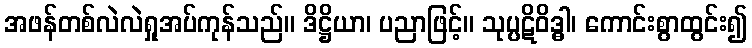
အဖန်တစ်လဲလဲရှုအပ်ကုန်သည်။ ဒိဋ္ဌိယာ၊ ပညာဖြင့်။ သုပ္ပဋိဝိဒ္ဓါ၊ ကောင်းစွာထွင်း၍